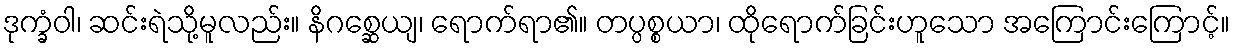
ဒုက္ခံဝါ၊ ဆင်းရဲသို့မူလည်း။ နိဂစ္ဆေယျ၊ ရောက်ရာ၏။ တပ္ပစ္စယာ၊ ထိုရောက်ခြင်းဟူသော အကြောင်းကြောင့်။